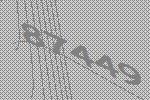
87449